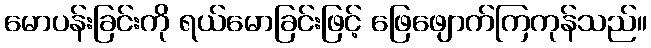
မောပန်းခြင်းကို ရယ်မောခြင်းဖြင့် ဖြေဖျောက်ကြကုန်သည်။